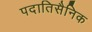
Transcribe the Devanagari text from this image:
पदातिसैनिक